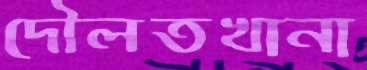
দৌলতখানা